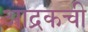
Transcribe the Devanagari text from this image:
आद्रकची